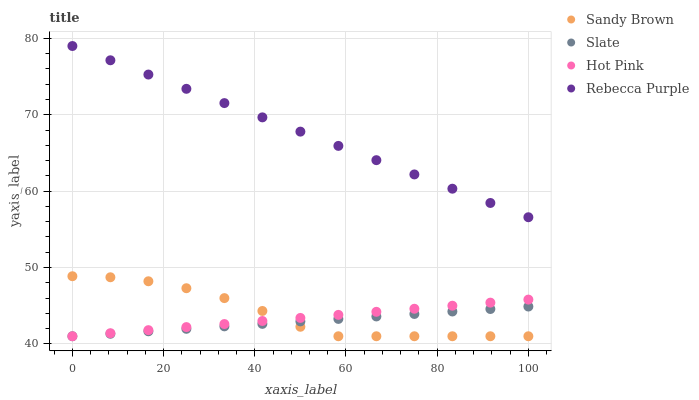
| xaxis_label | Sandy Brown | Slate | Hot Pink | Rebecca Purple |
 | --- | --- | --- | --- | --- |
 | 0 | 48.9 | 41 | 41 | 79 |
 | 8.33 | 48.7 | 41.3 | 41.4 | 77.1 |
 | 16.7 | 48.2 | 41.6 | 41.8 | 75.3 |
 | 25 | 47.3 | 42 | 42.2 | 73.4 |
 | 33.3 | 46 | 42.3 | 42.6 | 71.5 |
 | 41.7 | 44.3 | 42.6 | 43 | 69.7 |
 | 50 | 42.2 | 42.9 | 43.4 | 67.8 |
 | 58.3 | 41 | 43.3 | 43.8 | 65.9 |
 | 66.7 | 41 | 43.6 | 44.2 | 64.1 |
 | 75 | 41 | 43.9 | 44.6 | 62.2 |
 | 83.3 | 41 | 44.2 | 45 | 60.3 |
 | 91.7 | 41 | 44.6 | 45.4 | 58.5 |
 | 100 | 41 | 44.9 | 45.8 | 56.6 |